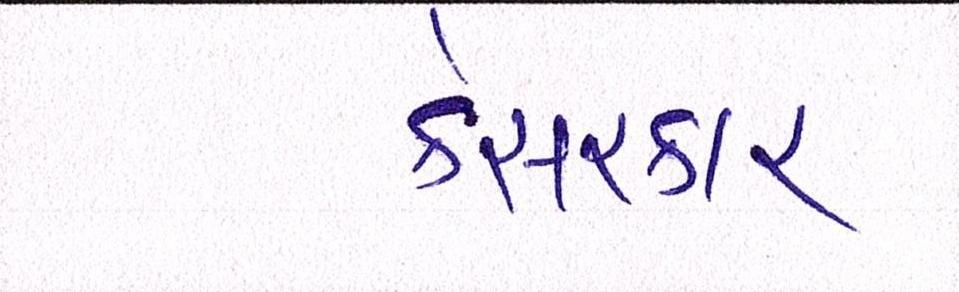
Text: કેસરકાર